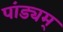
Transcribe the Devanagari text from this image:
पांड्यम्